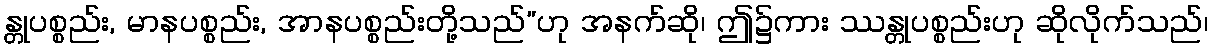
န္တုပစ္စည်း, မာနပစ္စည်း, အာနပစ္စည်းတို့သည်”ဟု အနက်ဆို၊ ဤ၌ကား ဿန္တုပစ္စည်းဟု ဆိုလိုက်သည်၊